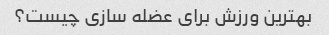
بهترین ورزش برای عضله سازی چیست؟